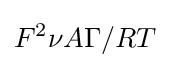
F^{2}\nu A\Gamma /RT